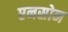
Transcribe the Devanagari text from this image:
एनसोन